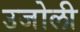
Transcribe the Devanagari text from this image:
उजोली